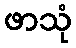
ဖာသုံ